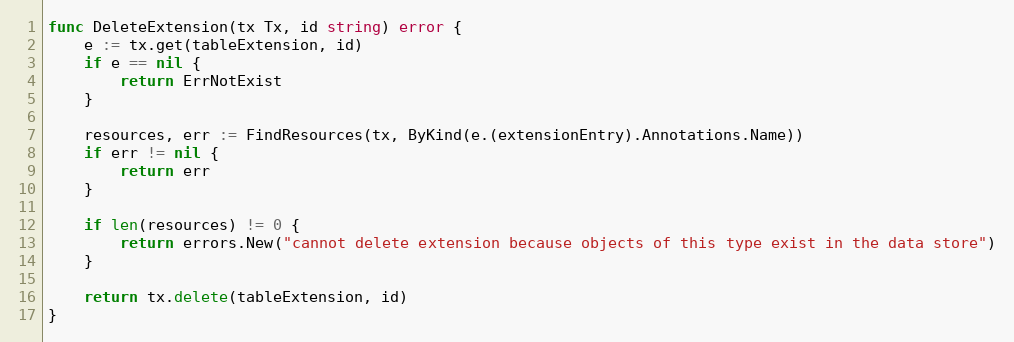
Language: Go
func DeleteExtension(tx Tx, id string) error {
	e := tx.get(tableExtension, id)
	if e == nil {
		return ErrNotExist
	}

	resources, err := FindResources(tx, ByKind(e.(extensionEntry).Annotations.Name))
	if err != nil {
		return err
	}

	if len(resources) != 0 {
		return errors.New("cannot delete extension because objects of this type exist in the data store")
	}

	return tx.delete(tableExtension, id)
}